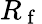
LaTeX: R_{\mathrm{~f~}}